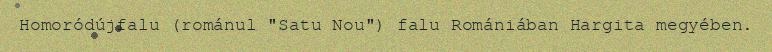
Homoródújfalu (románul "Satu Nou") falu Romániában Hargita megyében.